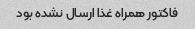
فاکتور همراه غذا ارسال نشده بود